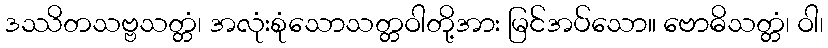
ဒဿိတသဗ္ဗသတ္တံ၊ အလုံးစုံသောသတ္တဝါတို့အား မြင်အပ်သော။ ဗောဓိသတ္တံ၊ ဝါ၊